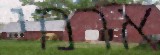
ארמי